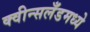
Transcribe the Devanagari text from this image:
क्वीन्सलँडमध्ये